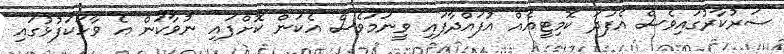
ސަރުކާރުގައިވެސް އެފަދަ ކޮމިޓީއެއް އުފައްދާފައި ވީނަމަވެސް އެކަން ކޮށްފައި ނުވާކަން އެ ވާހަކަފުޅުގައި